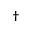
^ \dagger